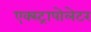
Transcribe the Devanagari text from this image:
एक्स्ट्रापोलेटर